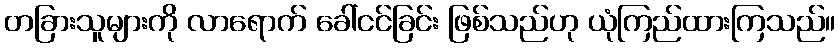
တခြားသူများကို လာရောက် ခေါ်ငင်ခြင်း ဖြစ်သည်ဟု ယုံကြည်ထားကြသည်။